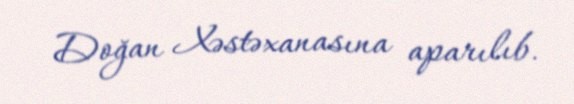
Doğan Xəstəxanasına aparılıb.